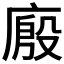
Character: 𰏾